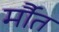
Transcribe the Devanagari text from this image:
र्मौत